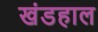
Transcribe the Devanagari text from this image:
खंडहाल